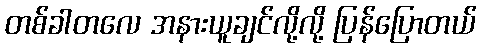
တစ်ခါတလေ အနားယူချင်လို့လို့ ပြန်ပြောတယ်